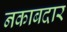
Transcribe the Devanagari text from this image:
नकाबदार